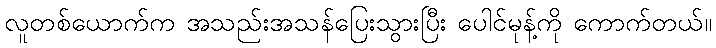
လူတစ်ယောက်က အသည်းအသန်ပြေးသွားပြီး ပေါင်မုန့်ကို ကောက်တယ်။